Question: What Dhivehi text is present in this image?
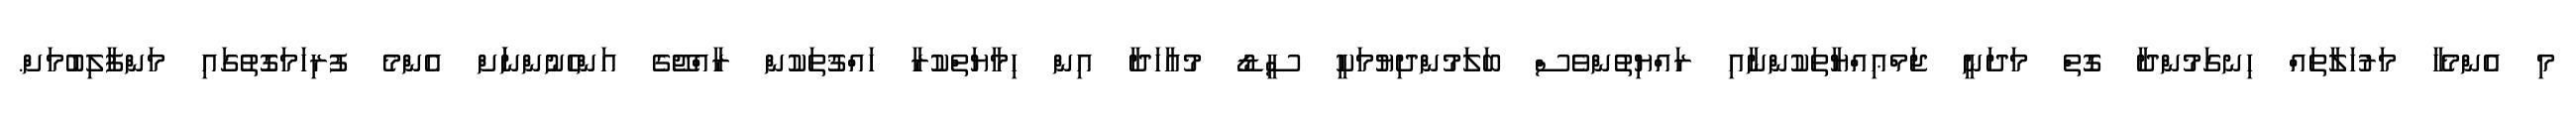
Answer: މި އެންމެހާ މަރުހަލާތައް ހިނގަމުންދާ ގޮތް މަދަނީ ޖަމްޢިއްޔާތަކުންނާއި ރައްޔިތުންވެސް ބަލަމުންދިޔުމަކީ ސީޑޯ މުއާހަދާ އިން ހިމާޔަތްކުރާ ހައްޤުތަކުން ރާއްޖޭގެ އަންހެނުންނަަށް އެންމެ ފުރިހަމަގޮތުގައި މަންފާލިބުމަށް.